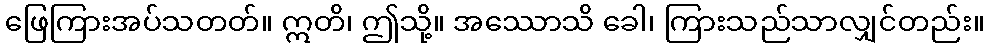
ဖြေကြားအပ်သတတ်။ ဣတိ၊ ဤသို့။ အဿောသိ ခေါ၊ ကြားသည်သာလျှင်တည်း။